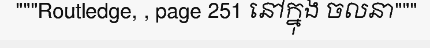
"""Routledge, , page 251 នៅក្នុង ចលនា"""